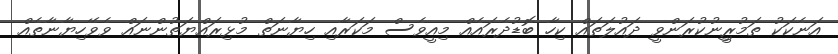
އަނެކަކު ތަމުރީިނުކުރަންވީ ދައުލަތައް ކިހާ ބޮޑުދެރައެއް މިއީވެސް މަކަރާއި ހިޔާނަތް މުޅިރައްޔަތުންނައް ވެވޭހިޔާނާތެއް